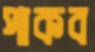
পাকব